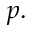
p .